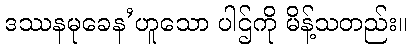
ဒဿနမုခေန’ဟူသော ပါဌ်ကို မိန့်သတည်း။